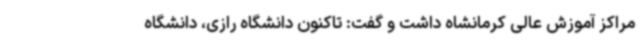
مراکز آموزش عالی کرمانشاه داشت و گفت: تاکنون دانشگاه رازی، دانشگاه